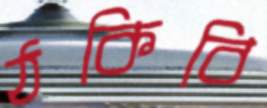
ঠকিবি